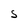
Character: S